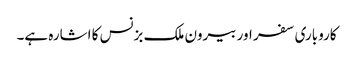
کاروباری سفر اور بیرون ملک بزنس کا اشارہ ہے۔